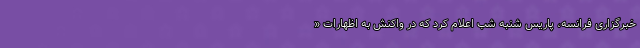
خبرگزاری فرانسه، پاریس شنبه شب اعلام کرد که در واکنش به اظهارات «